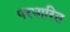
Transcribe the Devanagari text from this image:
परधारित